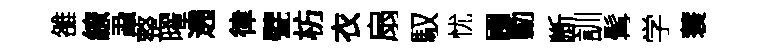
雒繚蝨整曜遶律甓枋衣扇馭忧圃勳㫁訓髯学蓑